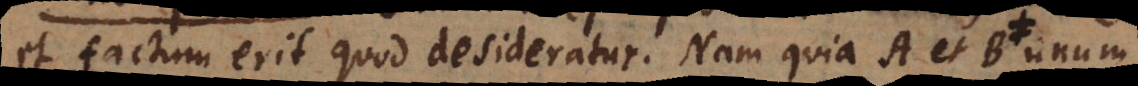
et factum erit quod desideratur. Nam quia A et B unum